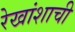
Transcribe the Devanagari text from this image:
रेखांशाची